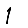
Digit: 1